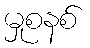
မှုစနစ်